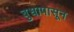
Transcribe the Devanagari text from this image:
बुधापासून